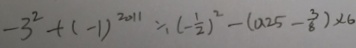
- 3 ^ { 2 } + ( - 1 ) ^ { 2 0 1 1 } \div ( - \frac { 1 } { 2 } ) ^ { 2 } - ( 0 . 2 5 - \frac { 3 } { 8 } ) \times 6